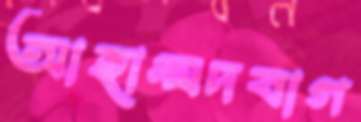
আহাম্মদবাগ